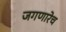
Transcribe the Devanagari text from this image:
जगणारेच